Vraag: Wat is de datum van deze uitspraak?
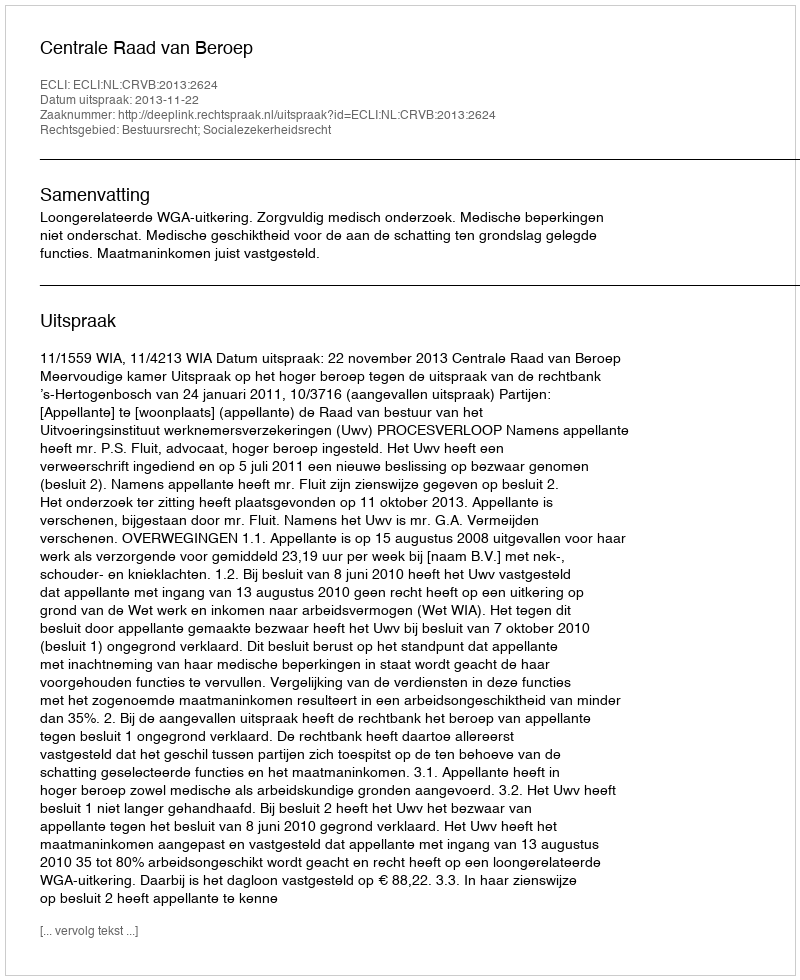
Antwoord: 2013-11-22